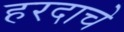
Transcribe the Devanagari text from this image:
हरदाचे